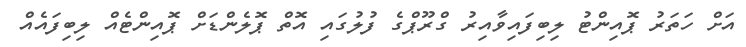
އަށް ހަތަރު ޕޮއިންޓު ލިބިފައިވާއިރު ގްރޫޕްގެ ފުލުގައި އޮތް ޕޮލެންޑަށް ޕޮއިންޓެއް ލިބިފައެއް